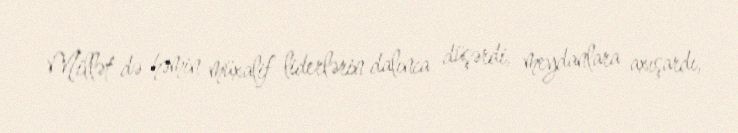
Millət də həmin müxalif liderlərin dalınca düşərdi, meydanlara axışardı,